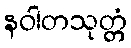
နဝါတသုတ္တံ